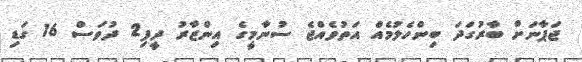
ޖަޕާނަށް ބާރުގަދަ ބިންހެލުމެއް އަތުވެއްޖެ ސުނާމީގެ އިންޒާރު ދީފި2 ދުވަސް 16 ގަޑި